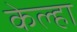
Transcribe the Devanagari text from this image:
केल्हा